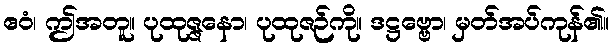
ဧဝံ၊ ဤအတူ။ ပုထုဇ္ဇနော၊ ပုထုဇဉ်ကို။ ဒဋ္ဌဗ္ဗော၊ မှတ်အပ်ကုန်၏။